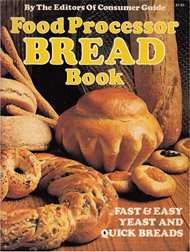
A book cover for Food Processor Bread Cookbook; Consumer Guide; Cookbooks, Food & Wine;